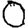
Digit: 0